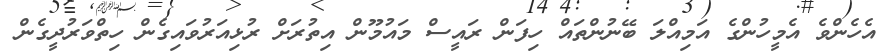
އެހެންވެ އެމީހުންގެ އަމިއްލަ ބޭނުންތައް ހިފަން ރައީސް މައުމޫން އިތުރަށް ރުޅިއަރުވައިގެން ހިތްވަރުދީގެން